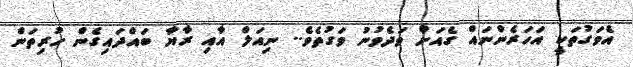
އެވަގުތަކީ އަހަރެންނައް ގެއަށް ވަދެވުނު ވަގުތެވެ.. ނިއަލް އާއި ރާޔާ ބައްދައިގެން ހުރިތަން